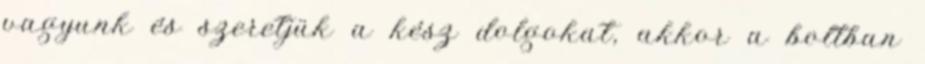
vagyunk és szeretjük a kész dolgokat, akkor a boltban